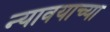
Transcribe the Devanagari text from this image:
न्यावयाच्या